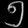
Digit: ၅